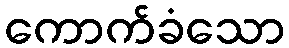
ကောက်ခံသော